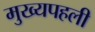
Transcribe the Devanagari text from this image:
मुख्यपहली